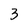
Character: 3